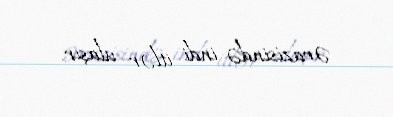
ərazisində indi itlər ulaşır.